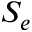
S _ { e }